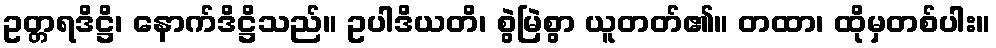
ဥတ္တရဒိဋ္ဌိ၊ နောက်ဒိဋ္ဌိသည်။ ဥပါဒိယတိ၊ စွဲမြဲစွာ ယူတတ်၏။ တထာ၊ ထိုမှတစ်ပါး။